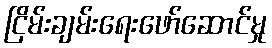
ငြိမ်းချမ်းရေးဖော်ဆောင်မှု